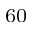
_ { 6 0 }